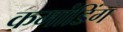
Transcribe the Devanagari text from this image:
कमांडिंग